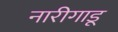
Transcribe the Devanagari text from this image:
नारीगाडू